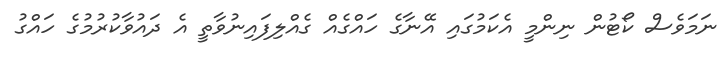
ނަމަވެސް ކޯޓުން ނިންމީ އެކަމުގައި އޭނާގެ ހައްގެއް ގެއްލިފައިނުވާތީ އެ ދައުވާކުރުމުގެ ހައްގު